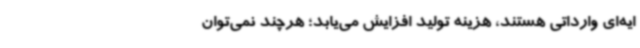
ایه‌ای وارداتی هستند، هزینه تولید افزایش می‌یابد؛ هرچند نمی‌توان